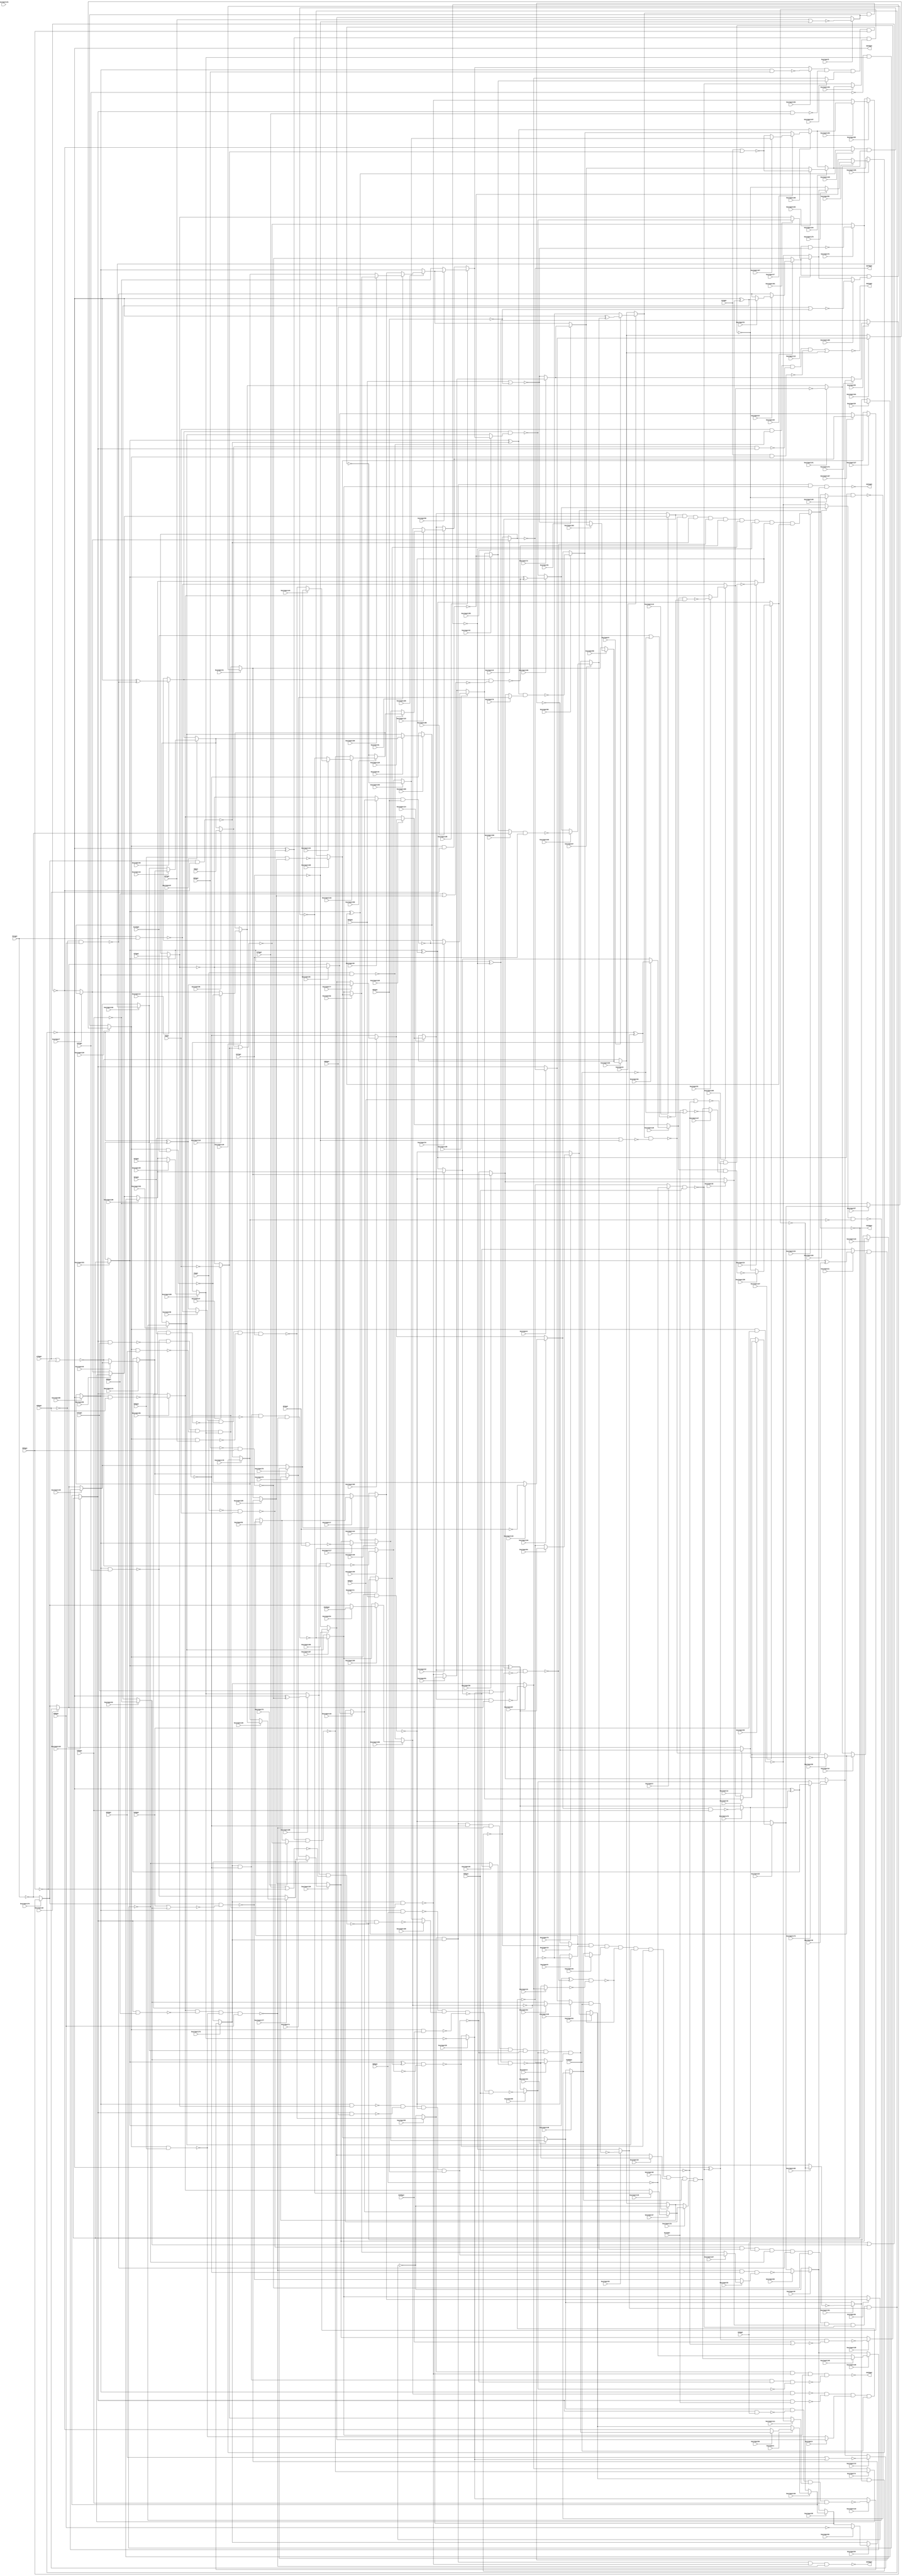
// Verilog File 
module top (G1gat,G4gat,G8gat,G11gat,G14gat,G17gat,G21gat,G24gat,G27gat,
G30gat,G34gat,G37gat,G40gat,G43gat,G47gat,G50gat,G53gat,G56gat,G60gat,
G63gat,G66gat,G69gat,G73gat,G76gat,G79gat,G82gat,G86gat,G89gat,G92gat,
G95gat,G99gat,G102gat,G105gat,G108gat,G112gat,G115gat,G223gat,G329gat,G370gat,
G421gat,G430gat,G431gat,G432gat,keyinput0,keyinput1,keyinput2,keyinput3,keyinput4,keyinput5,
keyinput6,keyinput7,keyinput8,keyinput9,keyinput10,keyinput11,keyinput12,keyinput13,keyinput14,keyinput15,
keyinput16,keyinput17,keyinput18,keyinput19,keyinput20,keyinput21,keyinput22,keyinput23,keyinput24,keyinput25,
keyinput26,keyinput27,keyinput28,keyinput29,keyinput30,keyinput31,keyinput32,keyinput33,keyinput34,keyinput35,
keyinput36,keyinput37,keyinput38,keyinput39,keyinput40,keyinput41,keyinput42,keyinput43,keyinput44,keyinput45,
keyinput46,keyinput47,keyinput48,keyinput49,keyinput50,keyinput51,keyinput52,keyinput53,keyinput54,keyinput55,
keyinput56,keyinput57,keyinput58,keyinput59,keyinput60,keyinput61,keyinput62,keyinput63,keyinput64,keyinput65,
keyinput66,keyinput67,keyinput68,keyinput69,keyinput70,keyinput71,keyinput72,keyinput73,keyinput74,keyinput75,
keyinput76,keyinput77,keyinput78,keyinput79,keyinput80,keyinput81,keyinput82,keyinput83,keyinput84,keyinput85,
keyinput86,keyinput87,keyinput88,keyinput89,keyinput90,keyinput91,keyinput92,keyinput93,keyinput94,keyinput95,
keyinput96,keyinput97,keyinput98,keyinput99,keyinput100,keyinput101,keyinput102,keyinput103,keyinput104,keyinput105,
keyinput106,keyinput107,keyinput108,keyinput109,keyinput110,keyinput111,keyinput112,keyinput113,keyinput114,keyinput115,
keyinput116,keyinput117,keyinput118,keyinput119,keyinput120,keyinput121,keyinput122,keyinput123,keyinput124,keyinput125,
keyinput126,keyinput127,keyinput128,keyinput129,keyinput130,keyinput131,keyinput132,keyinput133,keyinput134,keyinput135,
keyinput136,keyinput137,keyinput138,keyinput139,keyinput140,keyinput141,keyinput142,keyinput143,keyinput144,keyinput145,
keyinput146,keyinput147,keyinput148,keyinput149,keyinput150,keyinput151,keyinput152,keyinput153,keyinput154,keyinput155,
keyinput156,keyinput157,keyinput158,keyinput159,keyinput160,keyinput161,keyinput162,keyinput163,keyinput164,keyinput165,
keyinput166,keyinput167,keyinput168,keyinput169,keyinput170,keyinput171,keyinput172,keyinput173,keyinput174,keyinput175,
keyinput176,keyinput177,keyinput178,keyinput179,keyinput180,keyinput181,keyinput182,keyinput183,keyinput184,keyinput185,
keyinput186,keyinput187,keyinput188,keyinput189,keyinput190,keyinput191,keyinput192,keyinput193,keyinput194,keyinput195,
keyinput196,keyinput197,keyinput198,keyinput199);

input G1gat,G4gat,G8gat,G11gat,G14gat,G17gat,G21gat,G24gat,G27gat,
G30gat,G34gat,G37gat,G40gat,G43gat,G47gat,G50gat,G53gat,G56gat,G60gat,
G63gat,G66gat,G69gat,G73gat,G76gat,G79gat,G82gat,G86gat,G89gat,G92gat,
G95gat,G99gat,G102gat,G105gat,G108gat,G112gat,G115gat,keyinput0,keyinput1,keyinput2,
keyinput3,keyinput4,keyinput5,keyinput6,keyinput7,keyinput8,keyinput9,keyinput10,keyinput11,keyinput12,
keyinput13,keyinput14,keyinput15,keyinput16,keyinput17,keyinput18,keyinput19,keyinput20,keyinput21,keyinput22,
keyinput23,keyinput24,keyinput25,keyinput26,keyinput27,keyinput28,keyinput29,keyinput30,keyinput31,keyinput32,
keyinput33,keyinput34,keyinput35,keyinput36,keyinput37,keyinput38,keyinput39,keyinput40,keyinput41,keyinput42,
keyinput43,keyinput44,keyinput45,keyinput46,keyinput47,keyinput48,keyinput49,keyinput50,keyinput51,keyinput52,
keyinput53,keyinput54,keyinput55,keyinput56,keyinput57,keyinput58,keyinput59,keyinput60,keyinput61,keyinput62,
keyinput63,keyinput64,keyinput65,keyinput66,keyinput67,keyinput68,keyinput69,keyinput70,keyinput71,keyinput72,
keyinput73,keyinput74,keyinput75,keyinput76,keyinput77,keyinput78,keyinput79,keyinput80,keyinput81,keyinput82,
keyinput83,keyinput84,keyinput85,keyinput86,keyinput87,keyinput88,keyinput89,keyinput90,keyinput91,keyinput92,
keyinput93,keyinput94,keyinput95,keyinput96,keyinput97,keyinput98,keyinput99,keyinput100,keyinput101,keyinput102,
keyinput103,keyinput104,keyinput105,keyinput106,keyinput107,keyinput108,keyinput109,keyinput110,keyinput111,keyinput112,
keyinput113,keyinput114,keyinput115,keyinput116,keyinput117,keyinput118,keyinput119,keyinput120,keyinput121,keyinput122,
keyinput123,keyinput124,keyinput125,keyinput126,keyinput127,keyinput128,keyinput129,keyinput130,keyinput131,keyinput132,
keyinput133,keyinput134,keyinput135,keyinput136,keyinput137,keyinput138,keyinput139,keyinput140,keyinput141,keyinput142,
keyinput143,keyinput144,keyinput145,keyinput146,keyinput147,keyinput148,keyinput149,keyinput150,keyinput151,keyinput152,
keyinput153,keyinput154,keyinput155,keyinput156,keyinput157,keyinput158,keyinput159,keyinput160,keyinput161,keyinput162,
keyinput163,keyinput164,keyinput165,keyinput166,keyinput167,keyinput168,keyinput169,keyinput170,keyinput171,keyinput172,
keyinput173,keyinput174,keyinput175,keyinput176,keyinput177,keyinput178,keyinput179,keyinput180,keyinput181,keyinput182,
keyinput183,keyinput184,keyinput185,keyinput186,keyinput187,keyinput188,keyinput189,keyinput190,keyinput191,keyinput192,
keyinput193,keyinput194,keyinput195,keyinput196,keyinput197,keyinput198,keyinput199;

output G223gat,G329gat,G370gat,G421gat,G430gat,G431gat,G432gat;

wire G118gat,G119gat,G122gat,G123gat,G126gat,G127gat,G130gat,G131gat,G134gat,
G135gat,G138gat,G139gat,G142gat,G143gat,G146gat,G147gat,G150gat,G151gat,G154gat,
G157gat,G158gat,G159gat,G162gat,G165gat,G168gat,G171gat,G174gat,G177gat,G180gat,
G183gat,G184gat,G185gat,G186gat,G187gat,G188gat,G189gat,G190gat,G191gat,G192gat,
G193gat,G194gat,G195gat,G196gat,G197gat,G198gat,G199gat,G203gat,G213gat,G224gat,
G227gat,G230gat,G233gat,G236gat,G239gat,G242gat,G243gat,G246gat,G247gat,G250gat,
G251gat,G254gat,G255gat,G256gat,G257gat,G258gat,G259gat,G260gat,G263gat,G264gat,
G267gat,G270gat,G273gat,G276gat,G279gat,G282gat,G285gat,G288gat,G289gat,G290gat,
G291gat,G292gat,G293gat,G294gat,G295gat,G296gat,G300gat,G301gat,G302gat,G303gat,
G304gat,G305gat,G306gat,G307gat,G308gat,G309gat,G319gat,G330gat,G331gat,G332gat,
G333gat,G334gat,G335gat,G336gat,G337gat,G338gat,G339gat,G340gat,G341gat,G342gat,
G343gat,G344gat,G345gat,G346gat,G347gat,G348gat,G349gat,G350gat,G351gat,G352gat,
G353gat,G354gat,G355gat,G356gat,G357gat,G360gat,G371gat,G372gat,G373gat,G374gat,
G375gat,G376gat,G377gat,G378gat,G379gat,G380gat,G381gat,G386gat,G393gat,G399gat,
G404gat,G407gat,G411gat,G414gat,G415gat,G416gat,G417gat,G418gat,G419gat,G420gat,
G422gat,G425gat,G428gat,G429gat,muxed0,muxed1,muxed2,muxed3,muxed4,muxed5,
muxed6,muxed7,muxed8,muxed9,muxed10,muxed11,muxed12,muxed13,muxed14,muxed15,
muxed16,muxed17,muxed18,muxed19,muxed20,muxed21,muxed22,muxed23,muxed24,muxed25,
muxed26,muxed27,muxed28,muxed29,muxed30,muxed31,muxed32,muxed33,muxed34,muxed35,
muxed36,muxed37,muxed38,muxed39,muxed40,muxed41,muxed42,muxed43,muxed44,muxed45,
muxed46,muxed47,muxed48,muxed49,muxed50,muxed51,muxed52,muxed53,muxed54,muxed55,
muxed56,muxed57,muxed58,muxed59,muxed60,muxed61,muxed62,muxed63,muxed64,muxed65,
muxed66,muxed67,muxed68,muxed69,muxed70,muxed71,muxed72,muxed73,muxed74,muxed75,
muxed76,muxed77,muxed78,muxed79,muxed80,muxed81,muxed82,muxed83,muxed84,muxed85,
muxed86,muxed87,muxed88,muxed89,muxed90,muxed91,muxed92,muxed93,muxed94,muxed95,
muxed96,muxed97,muxed98,muxed99,muxed100,muxed101,muxed102,muxed103,muxed104,muxed105,
muxed106,muxed107,muxed108,muxed109,muxed110,muxed111,muxed112,muxed113,muxed114,muxed115,
muxed116,muxed117,muxed118,muxed119,muxed120,muxed121,muxed122,muxed123,muxed124,muxed125,
muxed126,muxed127,muxed128,muxed129,muxed130,muxed131,muxed132,muxed133,muxed134,muxed135,
muxed136,muxed137,muxed138,muxed139,muxed140,muxed141,muxed142,muxed143,muxed144,muxed145,
muxed146,muxed147,muxed148,muxed149,muxed150,muxed151,muxed152,muxed153,muxed154,muxed155,
muxed156,muxed157,muxed158,muxed159,muxed160,muxed161,muxed162,muxed163,muxed164,muxed165,
muxed166,muxed167,muxed168,muxed169,muxed170,muxed171,muxed172,muxed173,muxed174,muxed175,
muxed176,muxed177,muxed178,muxed179,muxed180,muxed181,muxed182,muxed183,muxed184,muxed185,
muxed186,muxed187,muxed188,muxed189,muxed190,muxed191,muxed192,muxed193,muxed194,muxed195,
muxed196,muxed197,muxed198,muxed199;
not gate_0(G118gat,G1gat);
not gate_1(G119gat,G4gat);
not gate_2(G122gat,G11gat);
not gate_3(G123gat,G17gat);
not gate_4(G126gat,G24gat);
not gate_5(G127gat,G30gat);
not gate_6(G130gat,G37gat);
not gate_7(G131gat,muxed189);
not gate_8(G134gat,G50gat);
not gate_9(G135gat,G56gat);
not gate_10(G138gat,G63gat);
not gate_11(G139gat,G69gat);
not gate_12(G142gat,muxed14);
not gate_13(G143gat,G82gat);
not gate_14(G146gat,G89gat);
not gate_15(G147gat,G95gat);
not gate_16(G150gat,muxed186);
not gate_17(G151gat,G108gat);
nand gate_18(G154gat,G118gat,G4gat);
nor gate_19(G157gat,muxed66,muxed27);
nor gate_20(G158gat,G14gat,muxed27);
nand gate_21(G159gat,muxed158,G17gat);
nand gate_22(G162gat,muxed164,G30gat);
nand gate_23(G165gat,G130gat,muxed189);
nand gate_24(G168gat,G134gat,G56gat);
nand gate_25(G171gat,G138gat,G69gat);
nand gate_26(G174gat,muxed36,G82gat);
nand gate_27(G177gat,muxed3,G95gat);
nand gate_28(G180gat,muxed122,G108gat);
nor gate_29(G183gat,G21gat,G123gat);
nor gate_30(G184gat,G27gat,G123gat);
nor gate_31(G185gat,G34gat,muxed32);
nor gate_32(G186gat,G40gat,muxed32);
nor gate_33(G187gat,G47gat,muxed39);
nor gate_34(G188gat,G53gat,muxed39);
nor gate_35(G189gat,G60gat,muxed109);
nor gate_36(G190gat,G66gat,muxed109);
nor gate_37(G191gat,G73gat,G139gat);
nor gate_38(G192gat,G79gat,G139gat);
nor gate_39(G193gat,G86gat,G143gat);
nor gate_40(G194gat,G92gat,G143gat);
nor gate_41(G195gat,G99gat,G147gat);
nor gate_42(G196gat,G105gat,G147gat);
nor gate_43(G197gat,G112gat,G151gat);
nor gate_44(G198gat,G115gat,G151gat);
and gate_45(G199gat,G154gat,muxed97,muxed175,G165gat,G168gat,G171gat,muxed33,G177gat,muxed63);
not gate_46(G203gat,G199gat);
not gate_47(G213gat,G199gat);
not gate_48(G223gat,G199gat);
xor gate_49(G224gat,G203gat,G154gat);
xor gate_50(G227gat,G203gat,muxed97);
xor gate_51(G230gat,G203gat,muxed175);
xor gate_52(G233gat,G203gat,G165gat);
xor gate_53(G236gat,G203gat,G168gat);
xor gate_54(G239gat,G203gat,G171gat);
nand gate_55(G242gat,G1gat,muxed88);
xor gate_56(G243gat,G203gat,muxed33);
nand gate_57(G246gat,muxed88,G11gat);
xor gate_58(G247gat,G203gat,G177gat);
nand gate_59(G250gat,muxed88,G24gat);
xor gate_60(G251gat,G203gat,muxed63);
nand gate_61(G254gat,muxed88,G37gat);
nand gate_62(G255gat,muxed88,G50gat);
nand gate_63(G256gat,muxed88,G63gat);
nand gate_64(G257gat,muxed88,muxed14);
nand gate_65(G258gat,muxed88,G89gat);
nand gate_66(G259gat,muxed88,muxed186);
nand gate_67(G260gat,G224gat,muxed75);
nand gate_68(G263gat,G224gat,muxed194);
nand gate_69(G264gat,muxed0,G183gat);
nand gate_70(G267gat,muxed170,G185gat);
nand gate_71(G270gat,muxed114,G187gat);
nand gate_72(G273gat,muxed35,G189gat);
nand gate_73(G276gat,muxed188,G191gat);
nand gate_74(G279gat,muxed30,muxed180);
nand gate_75(G282gat,G247gat,G195gat);
nand gate_76(G285gat,muxed125,muxed147);
nand gate_77(G288gat,muxed0,muxed5);
nand gate_78(G289gat,muxed170,G186gat);
nand gate_79(G290gat,muxed114,muxed38);
nand gate_80(G291gat,muxed35,muxed183);
nand gate_81(G292gat,muxed188,G192gat);
nand gate_82(G293gat,muxed30,G194gat);
nand gate_83(G294gat,G247gat,G196gat);
nand gate_84(G295gat,muxed125,G198gat);
and gate_85(G296gat,muxed113,G264gat,G267gat,G270gat,G273gat,muxed11,G279gat,muxed23,muxed137);
not gate_86(G300gat,muxed192);
not gate_87(G301gat,muxed12);
not gate_88(G302gat,muxed50);
not gate_89(G303gat,muxed19);
not gate_90(G304gat,muxed178);
not gate_91(G305gat,muxed199);
not gate_92(G306gat,muxed22);
not gate_93(G307gat,muxed138);
not gate_94(G308gat,muxed100);
not gate_95(G309gat,muxed124);
not gate_96(G319gat,muxed124);
not gate_97(G329gat,muxed124);
xor gate_98(G330gat,muxed151,muxed113);
xor gate_99(G331gat,muxed151,G264gat);
xor gate_100(G332gat,muxed151,G267gat);
xor gate_101(G333gat,muxed151,G270gat);
nand gate_102(G334gat,muxed66,muxed123);
xor gate_103(G335gat,muxed151,G273gat);
nand gate_104(G336gat,muxed123,G21gat);
xor gate_105(G337gat,muxed151,muxed11);
nand gate_106(G338gat,muxed123,G34gat);
xor gate_107(G339gat,muxed151,G279gat);
nand gate_108(G340gat,muxed123,G47gat);
xor gate_109(G341gat,muxed151,muxed23);
nand gate_110(G342gat,muxed123,G60gat);
xor gate_111(G343gat,muxed151,muxed137);
nand gate_112(G344gat,muxed123,G73gat);
nand gate_113(G345gat,muxed123,G86gat);
nand gate_114(G346gat,muxed123,G99gat);
nand gate_115(G347gat,muxed123,G112gat);
nand gate_116(G348gat,muxed83,muxed191);
nand gate_117(G349gat,muxed21,muxed10);
nand gate_118(G350gat,G332gat,muxed70);
nand gate_119(G351gat,G333gat,G303gat);
nand gate_120(G352gat,muxed162,G304gat);
nand gate_121(G353gat,G337gat,G305gat);
nand gate_122(G354gat,G339gat,muxed20);
nand gate_123(G355gat,G341gat,muxed149);
nand gate_124(G356gat,muxed135,muxed141);
and gate_125(G357gat,muxed13,muxed8,muxed46,G351gat,muxed161,G353gat,muxed18,muxed148,muxed131);
not gate_126(G360gat,muxed15);
not gate_127(G370gat,muxed15);
nand gate_128(G371gat,G14gat,muxed120);
nand gate_129(G372gat,muxed120,G27gat);
nand gate_130(G373gat,muxed120,G40gat);
nand gate_131(G374gat,muxed120,G53gat);
nand gate_132(G375gat,muxed120,G66gat);
nand gate_133(G376gat,muxed120,G79gat);
nand gate_134(G377gat,muxed120,G92gat);
nand gate_135(G378gat,muxed120,G105gat);
nand gate_136(G379gat,muxed120,G115gat);
nand gate_137(G380gat,G4gat,G242gat,G334gat,G371gat);
nand gate_138(G381gat,muxed99,G336gat,G372gat,G17gat);
nand gate_139(G386gat,muxed93,G338gat,muxed111,G30gat);
nand gate_140(G393gat,G254gat,G340gat,G374gat,muxed189);
nand gate_141(G399gat,muxed65,G342gat,G375gat,G56gat);
nand gate_142(G404gat,muxed184,G344gat,muxed157,G69gat);
nand gate_143(G407gat,G257gat,G345gat,G377gat,G82gat);
nand gate_144(G411gat,G258gat,muxed198,G378gat,G95gat);
nand gate_145(G414gat,G259gat,G347gat,muxed4,G108gat);
not gate_146(G415gat,G380gat);
and gate_147(G416gat,muxed98,muxed176,G393gat,G399gat,muxed152,G407gat,muxed85,muxed2);
not gate_148(G417gat,G393gat);
not gate_149(G418gat,muxed152);
not gate_150(G419gat,G407gat);
not gate_151(G420gat,muxed85);
nor gate_152(G421gat,G415gat,muxed102);
nand gate_153(G422gat,muxed176,G417gat);
nand gate_154(G425gat,muxed176,G393gat,G418gat,G399gat);
nand gate_155(G428gat,G399gat,G393gat,muxed53);
nand gate_156(G429gat,muxed176,G393gat,G407gat,G420gat);
nand gate_157(G430gat,muxed98,muxed176,G422gat,G399gat);
nand gate_158(G431gat,muxed98,muxed176,muxed187,muxed49);
nand gate_159(G432gat,muxed98,G422gat,muxed187,G429gat);
assign muxed0 = keyinput0 ? muxed9 : muxed102;
assign muxed1 = keyinput1 ? muxed96 : muxed83;
assign muxed2 = keyinput2 ? G414gat : muxed32;
assign muxed3 = keyinput3 ? G146gat : G414gat;
assign muxed4 = keyinput4 ? muxed166 : G375gat;
assign muxed5 = keyinput5 ? G184gat : muxed166;
assign muxed6 = keyinput6 ? G360gat : muxed123;
assign muxed7 = keyinput7 ? muxed160 : G185gat;
assign muxed8 = keyinput8 ? G349gat : G377gat;
assign muxed9 = keyinput9 ? G227gat : G349gat;
assign muxed10 = keyinput10 ? muxed60 : muxed141;
assign muxed11 = keyinput11 ? G276gat : muxed60;
assign muxed12 = keyinput12 ? G288gat : G134gat;
assign muxed13 = keyinput13 ? G348gat : G288gat;
assign muxed14 = keyinput14 ? G76gat : muxed15;
assign muxed15 = keyinput15 ? muxed7 : G348gat;
assign muxed16 = keyinput16 ? muxed174 : muxed152;
assign muxed17 = keyinput17 ? muxed52 : muxed174;
assign muxed18 = keyinput18 ? G354gat : muxed166;
assign muxed19 = keyinput19 ? muxed87 : G354gat;
assign muxed20 = keyinput20 ? G306gat : G165gat;
assign muxed21 = keyinput21 ? G331gat : G306gat;
assign muxed22 = keyinput22 ? muxed190 : G341gat;
assign muxed23 = keyinput23 ? G282gat : muxed190;
assign muxed24 = keyinput24 ? muxed31 : G168gat;
assign muxed25 = keyinput25 ? muxed59 : G377gat;
assign muxed26 = keyinput26 ? G142gat : muxed38;
assign muxed27 = keyinput27 ? G119gat : G142gat;
assign muxed28 = keyinput28 ? G43gat : muxed190;
assign muxed29 = keyinput29 ? muxed76 : muxed191;
assign muxed30 = keyinput30 ? muxed24 : G171gat;
assign muxed31 = keyinput31 ? G243gat : G168gat;
assign muxed32 = keyinput32 ? G127gat : G243gat;
assign muxed33 = keyinput33 ? muxed56 : G377gat;
assign muxed34 = keyinput34 ? G174gat : muxed160;
assign muxed35 = keyinput35 ? G236gat : G174gat;
assign muxed36 = keyinput36 ? muxed132 : G142gat;
assign muxed37 = keyinput37 ? muxed133 : muxed132;
assign muxed38 = keyinput38 ? muxed172 : muxed170;
assign muxed39 = keyinput39 ? G131gat : G353gat;
assign muxed40 = keyinput40 ? muxed173 : muxed56;
assign muxed41 = keyinput41 ? muxed57 : G417gat;
assign muxed42 = keyinput42 ? muxed159 : muxed100;
assign muxed43 = keyinput43 ? G376gat : muxed159;
assign muxed44 = keyinput44 ? muxed67 : muxed161;
assign muxed45 = keyinput45 ? muxed145 : G192gat;
assign muxed46 = keyinput46 ? muxed69 : muxed148;
assign muxed47 = keyinput47 ? muxed197 : muxed69;
assign muxed48 = keyinput48 ? G302gat : muxed102;
assign muxed49 = keyinput49 ? muxed58 : G302gat;
assign muxed50 = keyinput50 ? muxed144 : muxed187;
assign muxed51 = keyinput51 ? muxed106 : muxed144;
assign muxed52 = keyinput52 ? G289gat : muxed13;
assign muxed53 = keyinput53 ? muxed107 : G289gat;
assign muxed54 = keyinput54 ? G102gat : muxed170;
assign muxed55 = keyinput55 ? muxed171 : G339gat;
assign muxed56 = keyinput56 ? muxed41 : G407gat;
assign muxed57 = keyinput57 ? muxed25 : G127gat;
assign muxed58 = keyinput58 ? G428gat : muxed25;
assign muxed59 = keyinput59 ? muxed42 : muxed12;
assign muxed60 = keyinput60 ? G301gat : muxed42;
assign muxed61 = keyinput61 ? G295gat : muxed65;
assign muxed62 = keyinput62 ? G251gat : muxed22;
assign muxed63 = keyinput63 ? G180gat : G279gat;
assign muxed64 = keyinput64 ? G150gat : muxed32;
assign muxed65 = keyinput65 ? G255gat : G150gat;
assign muxed66 = keyinput66 ? G8gat : muxed67;
assign muxed67 = keyinput67 ? muxed16 : muxed35;
assign muxed68 = keyinput68 ? muxed153 : muxed76;
assign muxed69 = keyinput69 ? G350gat : muxed164;
assign muxed70 = keyinput70 ? muxed79 : muxed56;
assign muxed71 = keyinput71 ? muxed177 : muxed79;
assign muxed72 = keyinput72 ? muxed81 : G194gat;
assign muxed73 = keyinput73 ? muxed84 : G377gat;
assign muxed74 = keyinput74 ? G260gat : muxed87;
assign muxed75 = keyinput75 ? G157gat : muxed52;
assign muxed76 = keyinput76 ? G293gat : G157gat;
assign muxed77 = keyinput77 ? G233gat : muxed166;
assign muxed78 = keyinput78 ? muxed116 : muxed145;
assign muxed79 = keyinput79 ? muxed48 : muxed174;
assign muxed80 = keyinput80 ? muxed103 : muxed41;
assign muxed81 = keyinput81 ? muxed95 : G422gat;
assign muxed82 = keyinput82 ? G135gat : muxed95;
assign muxed83 = keyinput83 ? muxed73 : G351gat;
assign muxed84 = keyinput84 ? G330gat : G414gat;
assign muxed85 = keyinput85 ? G411gat : G330gat;
assign muxed86 = keyinput86 ? muxed74 : muxed7;
assign muxed87 = keyinput87 ? G290gat : muxed176;
assign muxed88 = keyinput88 ? G213gat : muxed178;
assign muxed89 = keyinput89 ? muxed179 : G376gat;
assign muxed90 = keyinput90 ? muxed105 : G127gat;
assign muxed91 = keyinput91 ? muxed72 : muxed105;
assign muxed92 = keyinput92 ? muxed108 : muxed187;
assign muxed93 = keyinput93 ? muxed136 : muxed108;
assign muxed94 = keyinput94 ? muxed82 : muxed176;
assign muxed95 = keyinput95 ? muxed193 : muxed49;
assign muxed96 = keyinput96 ? G416gat : G185gat;
assign muxed97 = keyinput97 ? muxed163 : G416gat;
assign muxed98 = keyinput98 ? G381gat : G302gat;
assign muxed99 = keyinput99 ? G246gat : G233gat;
assign muxed100 = keyinput100 ? muxed61 : G246gat;
assign muxed101 = keyinput101 ? muxed121 : muxed102;
assign muxed102 = keyinput102 ? muxed80 : G192gat;
assign muxed103 = keyinput103 ? muxed91 : G194gat;
assign muxed104 = keyinput104 ? G158gat : muxed91;
assign muxed105 = keyinput105 ? muxed51 : muxed88;
assign muxed106 = keyinput106 ? muxed92 : muxed178;
assign muxed107 = keyinput107 ? G419gat : muxed92;
assign muxed108 = keyinput108 ? G190gat : G199gat;
assign muxed109 = keyinput109 ? muxed94 : muxed41;
assign muxed110 = keyinput110 ? G386gat : muxed39;
assign muxed111 = keyinput111 ? G373gat : muxed27;
assign muxed112 = keyinput112 ? muxed181 : G373gat;
assign muxed113 = keyinput113 ? muxed86 : muxed114;
assign muxed114 = keyinput114 ? muxed126 : muxed80;
assign muxed115 = keyinput115 ? muxed128 : muxed186;
assign muxed116 = keyinput116 ? muxed139 : G276gat;
assign muxed117 = keyinput117 ? G250gat : muxed139;
assign muxed118 = keyinput118 ? G379gat : muxed7;
assign muxed119 = keyinput119 ? G126gat : G379gat;
assign muxed120 = keyinput120 ? muxed101 : muxed5;
assign muxed121 = keyinput121 ? muxed6 : muxed6;
assign muxed122 = keyinput122 ? muxed64 : muxed6;
assign muxed123 = keyinput123 ? G319gat : muxed193;
assign muxed124 = keyinput124 ? G296gat : muxed73;
assign muxed125 = keyinput125 ? muxed62 : muxed126;
assign muxed126 = keyinput126 ? muxed165 : muxed65;
assign muxed127 = keyinput127 ? muxed167 : muxed108;
assign muxed128 = keyinput128 ? muxed156 : muxed136;
assign muxed129 = keyinput129 ? muxed118 : muxed156;
assign muxed130 = keyinput130 ? muxed146 : muxed49;
assign muxed131 = keyinput131 ? muxed37 : muxed48;
assign muxed132 = keyinput132 ? muxed26 : muxed37;
assign muxed133 = keyinput133 ? G356gat : muxed65;
assign muxed134 = keyinput134 ? muxed143 : G356gat;
assign muxed135 = keyinput135 ? G343gat : G185gat;
assign muxed136 = keyinput136 ? muxed117 : G343gat;
assign muxed137 = keyinput137 ? muxed150 : G341gat;
assign muxed138 = keyinput138 ? G294gat : muxed139;
assign muxed139 = keyinput139 ? muxed71 : muxed109;
assign muxed140 = keyinput140 ? muxed129 : muxed178;
assign muxed141 = keyinput141 ? G308gat : muxed129;
assign muxed142 = keyinput142 ? muxed134 : G260gat;
assign muxed143 = keyinput143 ? muxed78 : G381gat;
assign muxed144 = keyinput144 ? muxed17 : muxed78;
assign muxed145 = keyinput145 ? muxed130 : muxed38;
assign muxed146 = keyinput146 ? G357gat : G146gat;
assign muxed147 = keyinput147 ? G197gat : G357gat;
assign muxed148 = keyinput148 ? G355gat : muxed93;
assign muxed149 = keyinput149 ? G307gat : muxed124;
assign muxed150 = keyinput150 ? G285gat : G307gat;
assign muxed151 = keyinput151 ? G309gat : muxed152;
assign muxed152 = keyinput152 ? muxed68 : muxed145;
assign muxed153 = keyinput153 ? muxed196 : G422gat;
assign muxed154 = keyinput154 ? muxed104 : muxed196;
assign muxed155 = keyinput155 ? G404gat : muxed199;
assign muxed156 = keyinput156 ? muxed142 : G404gat;
assign muxed157 = keyinput157 ? muxed43 : muxed87;
assign muxed158 = keyinput158 ? G122gat : muxed43;
assign muxed159 = keyinput159 ? muxed34 : muxed81;
assign muxed160 = keyinput160 ? muxed44 : G393gat;
assign muxed161 = keyinput161 ? G352gat : muxed67;
assign muxed162 = keyinput162 ? muxed182 : G373gat;
assign muxed163 = keyinput163 ? G159gat : muxed182;
assign muxed164 = keyinput164 ? muxed119 : muxed165;
assign muxed165 = keyinput165 ? muxed77 : G393gat;
assign muxed166 = keyinput166 ? muxed127 : G123gat;
assign muxed167 = keyinput167 ? muxed185 : muxed26;
assign muxed168 = keyinput168 ? muxed90 : muxed185;
assign muxed169 = keyinput169 ? muxed54 : muxed187;
assign muxed170 = keyinput170 ? muxed55 : G122gat;
assign muxed171 = keyinput171 ? muxed40 : muxed72;
assign muxed172 = keyinput172 ? G188gat : muxed40;
assign muxed173 = keyinput173 ? G230gat : muxed85;
assign muxed174 = keyinput174 ? muxed45 : G230gat;
assign muxed175 = keyinput175 ? G162gat : G330gat;
assign muxed176 = keyinput176 ? muxed110 : muxed177;
assign muxed177 = keyinput177 ? muxed140 : G254gat;
assign muxed178 = keyinput178 ? muxed195 : G267gat;
assign muxed179 = keyinput179 ? muxed112 : G307gat;
assign muxed180 = keyinput180 ? G193gat : muxed112;
assign muxed181 = keyinput181 ? G291gat : muxed14;
assign muxed182 = keyinput182 ? G335gat : G291gat;
assign muxed183 = keyinput183 ? muxed168 : muxed161;
assign muxed184 = keyinput184 ? G256gat : muxed168;
assign muxed185 = keyinput185 ? muxed115 : muxed114;
assign muxed186 = keyinput186 ? muxed169 : G242gat;
assign muxed187 = keyinput187 ? G425gat : muxed161;
assign muxed188 = keyinput188 ? G239gat : muxed189;
assign muxed189 = keyinput189 ? muxed28 : G251gat;
assign muxed190 = keyinput190 ? muxed29 : muxed86;
assign muxed191 = keyinput191 ? G300gat : muxed93;
assign muxed192 = keyinput192 ? G263gat : muxed83;
assign muxed193 = keyinput193 ? muxed1 : G263gat;
assign muxed194 = keyinput194 ? muxed154 : G177gat;
assign muxed195 = keyinput195 ? muxed89 : muxed154;
assign muxed196 = keyinput196 ? muxed47 : G332gat;
assign muxed197 = keyinput197 ? muxed155 : G158gat;
assign muxed198 = keyinput198 ? G346gat : muxed155;
assign muxed199 = keyinput199 ? G292gat : G425gat;
endmodule